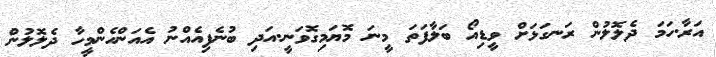
އަރާ.ހަމަ ދެލޮލުން ރަނގަޅަށް ވީޑިއޯ ބަލާފަތަ މީނަ މޮޔަމިގޮވަނީ.އަދި ބުނެފިއެއްނު އެއަންހެންމީހާ ދެލޮލުން